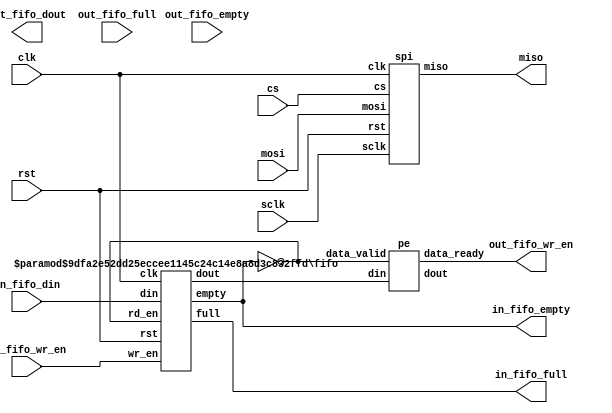
module ip_wrapper #(
  parameter DATA_WIDTH = 8
) (
  input wire clk,
  input wire rst,

  input wire in_fifo_wr_en,
  input wire [DATA_WIDTH-1:0] in_fifo_din,
  output wire in_fifo_empty,
  output wire in_fifo_full,

  output wire out_fifo_wr_en,
  output wire [DATA_WIDTH-1:0] out_fifo_dout,
  input wire out_fifo_empty,
  input wire out_fifo_full,

  input wire cs,
  input wire sclk,
  input wire mosi,
  output wire miso
);
  wire [DATA_WIDTH-1:0] pe_din;
  wire [DATA_WIDTH-1:0] pe_dout;
  fifo #(DATA_WIDTH, 8) u_fifo (clk, rst, in_fifo_wr_en, !in_fifo_empty, in_fifo_din, pe_din, in_fifo_empty, in_fifo_full);
  spi u_spi (clk, rst, cs, sclk, mosi, miso);
  pe u_pe (pe_din, !in_fifo_empty, pe_dout, out_fifo_wr_en);
endmodule

module fifo #(
  parameter DATA_WIDTH = 8,
  parameter FIFO_DEPTH = 8
) (
  input wire clk,
  input wire rst,
  input wire wr_en,
  input wire rd_en,
  input wire [DATA_WIDTH-1:0] din,
  output wire [DATA_WIDTH-1:0] dout,
  output wire empty,
  output wire full
);

  reg [DATA_WIDTH-1:0] mem [0:FIFO_DEPTH-1];
  reg [FIFO_DEPTH-1:0] wr_ptr;
  reg [FIFO_DEPTH-1:0] rd_ptr;
  reg [FIFO_DEPTH-1:0] next_wr_ptr;
  reg [FIFO_DEPTH-1:0] next_rd_ptr;
  wire [FIFO_DEPTH-1:0] diff;
  
  assign empty = (wr_ptr == rd_ptr);
  assign full = ((next_wr_ptr == rd_ptr) && (wr_ptr != rd_ptr));
  
  assign dout = mem[rd_ptr];
  
  always @(posedge clk or posedge rst) begin
    if (rst) begin
      wr_ptr <= 0;
      rd_ptr <= 0;
    end
    else begin
      wr_ptr <= next_wr_ptr;
      rd_ptr <= next_rd_ptr;
    end
  end
  
  always @(posedge clk) begin
    if (wr_en && !full) begin
      mem[next_wr_ptr] <= din;
    end
  end
  
  always @(posedge clk) begin
    if (rd_en && !empty) begin
      next_rd_ptr <= next_rd_ptr + 1;
    end
  end
  
  always @(posedge clk) begin
    if (wr_en && !full) begin
      next_wr_ptr <= next_wr_ptr + 1;
    end
  end
  
  assign diff = next_wr_ptr - rd_ptr;
  
endmodule

module spi (
  input wire clk,
  input wire rst,
  input wire cs,
  input wire sclk,
  input wire mosi,
  output wire miso
);

  reg [7:0] data_reg;
  reg [2:0] bit_counter;
  reg [7:0] shift_reg;
  wire mosi_bit;
  reg sclk_prev;
  
  assign mosi_bit = mosi;
  
  always @(posedge clk or posedge rst) begin
    if (rst) begin
      data_reg <= 0;
      bit_counter <= 0;
      shift_reg <= 0;
      sclk_prev <= 1'b1;
    end
    else begin
      if (cs) begin
        bit_counter <= 0;
        sclk_prev <= 1'b1;
      end
      else begin
        if (sclk && ~sclk_prev) begin
          case (bit_counter)
            0: begin
              shift_reg <= {shift_reg[6:0], mosi_bit};
            end
            1,2,3,4,5,6,7: begin
              shift_reg <= {shift_reg[6:0], mosi_bit};
            end
            8: begin
              data_reg <= shift_reg;
              bit_counter <= 0;
            end
            default: begin
              bit_counter <= 0;
            end
          endcase
          bit_counter <= bit_counter + 1;
        end
        sclk_prev <= sclk;
      end
    end
  end
  
  assign miso = data_reg[7];
  
endmodule

module pe (
  input wire [7:0] din,
  input wire data_valid,
  output wire [7:0] dout,
  output wire data_ready
);
  assign dout = din;
  assign data_ready = 1;
endmodule